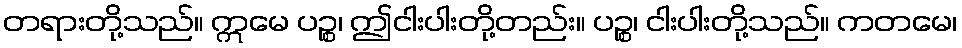
တရားတို့သည်။ ဣမေ ပဉ္စ၊ ဤငါးပါးတို့တည်း။ ပဉ္စ၊ ငါးပါးတို့သည်။ ကတမေ၊